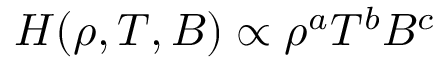
{ \cal H } ( \rho , T , B ) \propto \rho ^ { a } T ^ { b } B ^ { c }